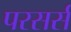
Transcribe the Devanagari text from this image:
परसर्स